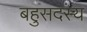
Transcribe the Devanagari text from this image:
बहुसदस्य